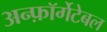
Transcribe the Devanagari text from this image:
अन्फ़ॉर्गेटेबल